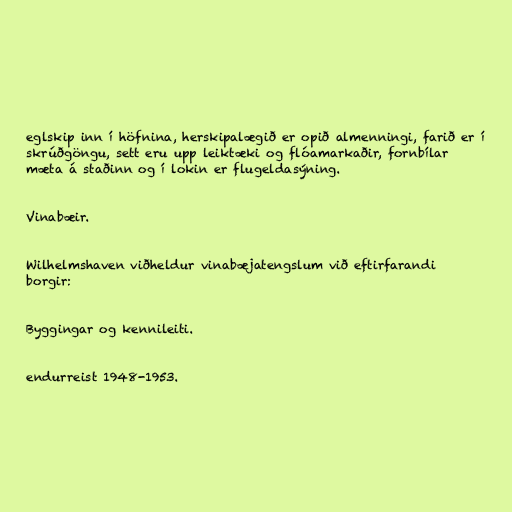
eglskip inn í höfnina, herskipalægið er opið almenningi, farið er í
skrúðgöngu, sett eru upp leiktæki og flóamarkaðir, fornbílar
mæta á staðinn og í lokin er flugeldasýning.

Vinabæir.

Wilhelmshaven viðheldur vinabæjatengslum við eftirfarandi
borgir:

Byggingar og kennileiti.

endurreist 1948-1953.